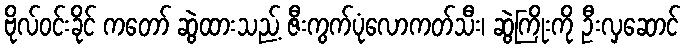
ဗိုလ်ဝင်းခိုင် ကတော် ဆွဲထားသည့် ဇီးကွက်ပုံလောကတ်သီး၊ ဆွဲကြိုးကို ဦးလှဆောင်